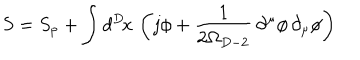
{ S } = S _ { \mathrm { p } } + \int d ^ { D } \! x \, \left( j \phi + \frac { 1 } { 2 \Omega _ { D - 2 } } \, \partial ^ { \mu } \phi \, \partial _ { \mu } \phi \right)